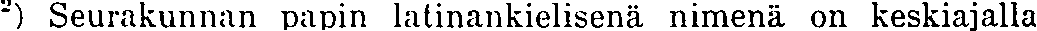
²) Seurakunnan papin latinankielisenä nimenä on keskiajalla